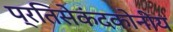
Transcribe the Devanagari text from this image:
प्रतिसेकंदकोनीय